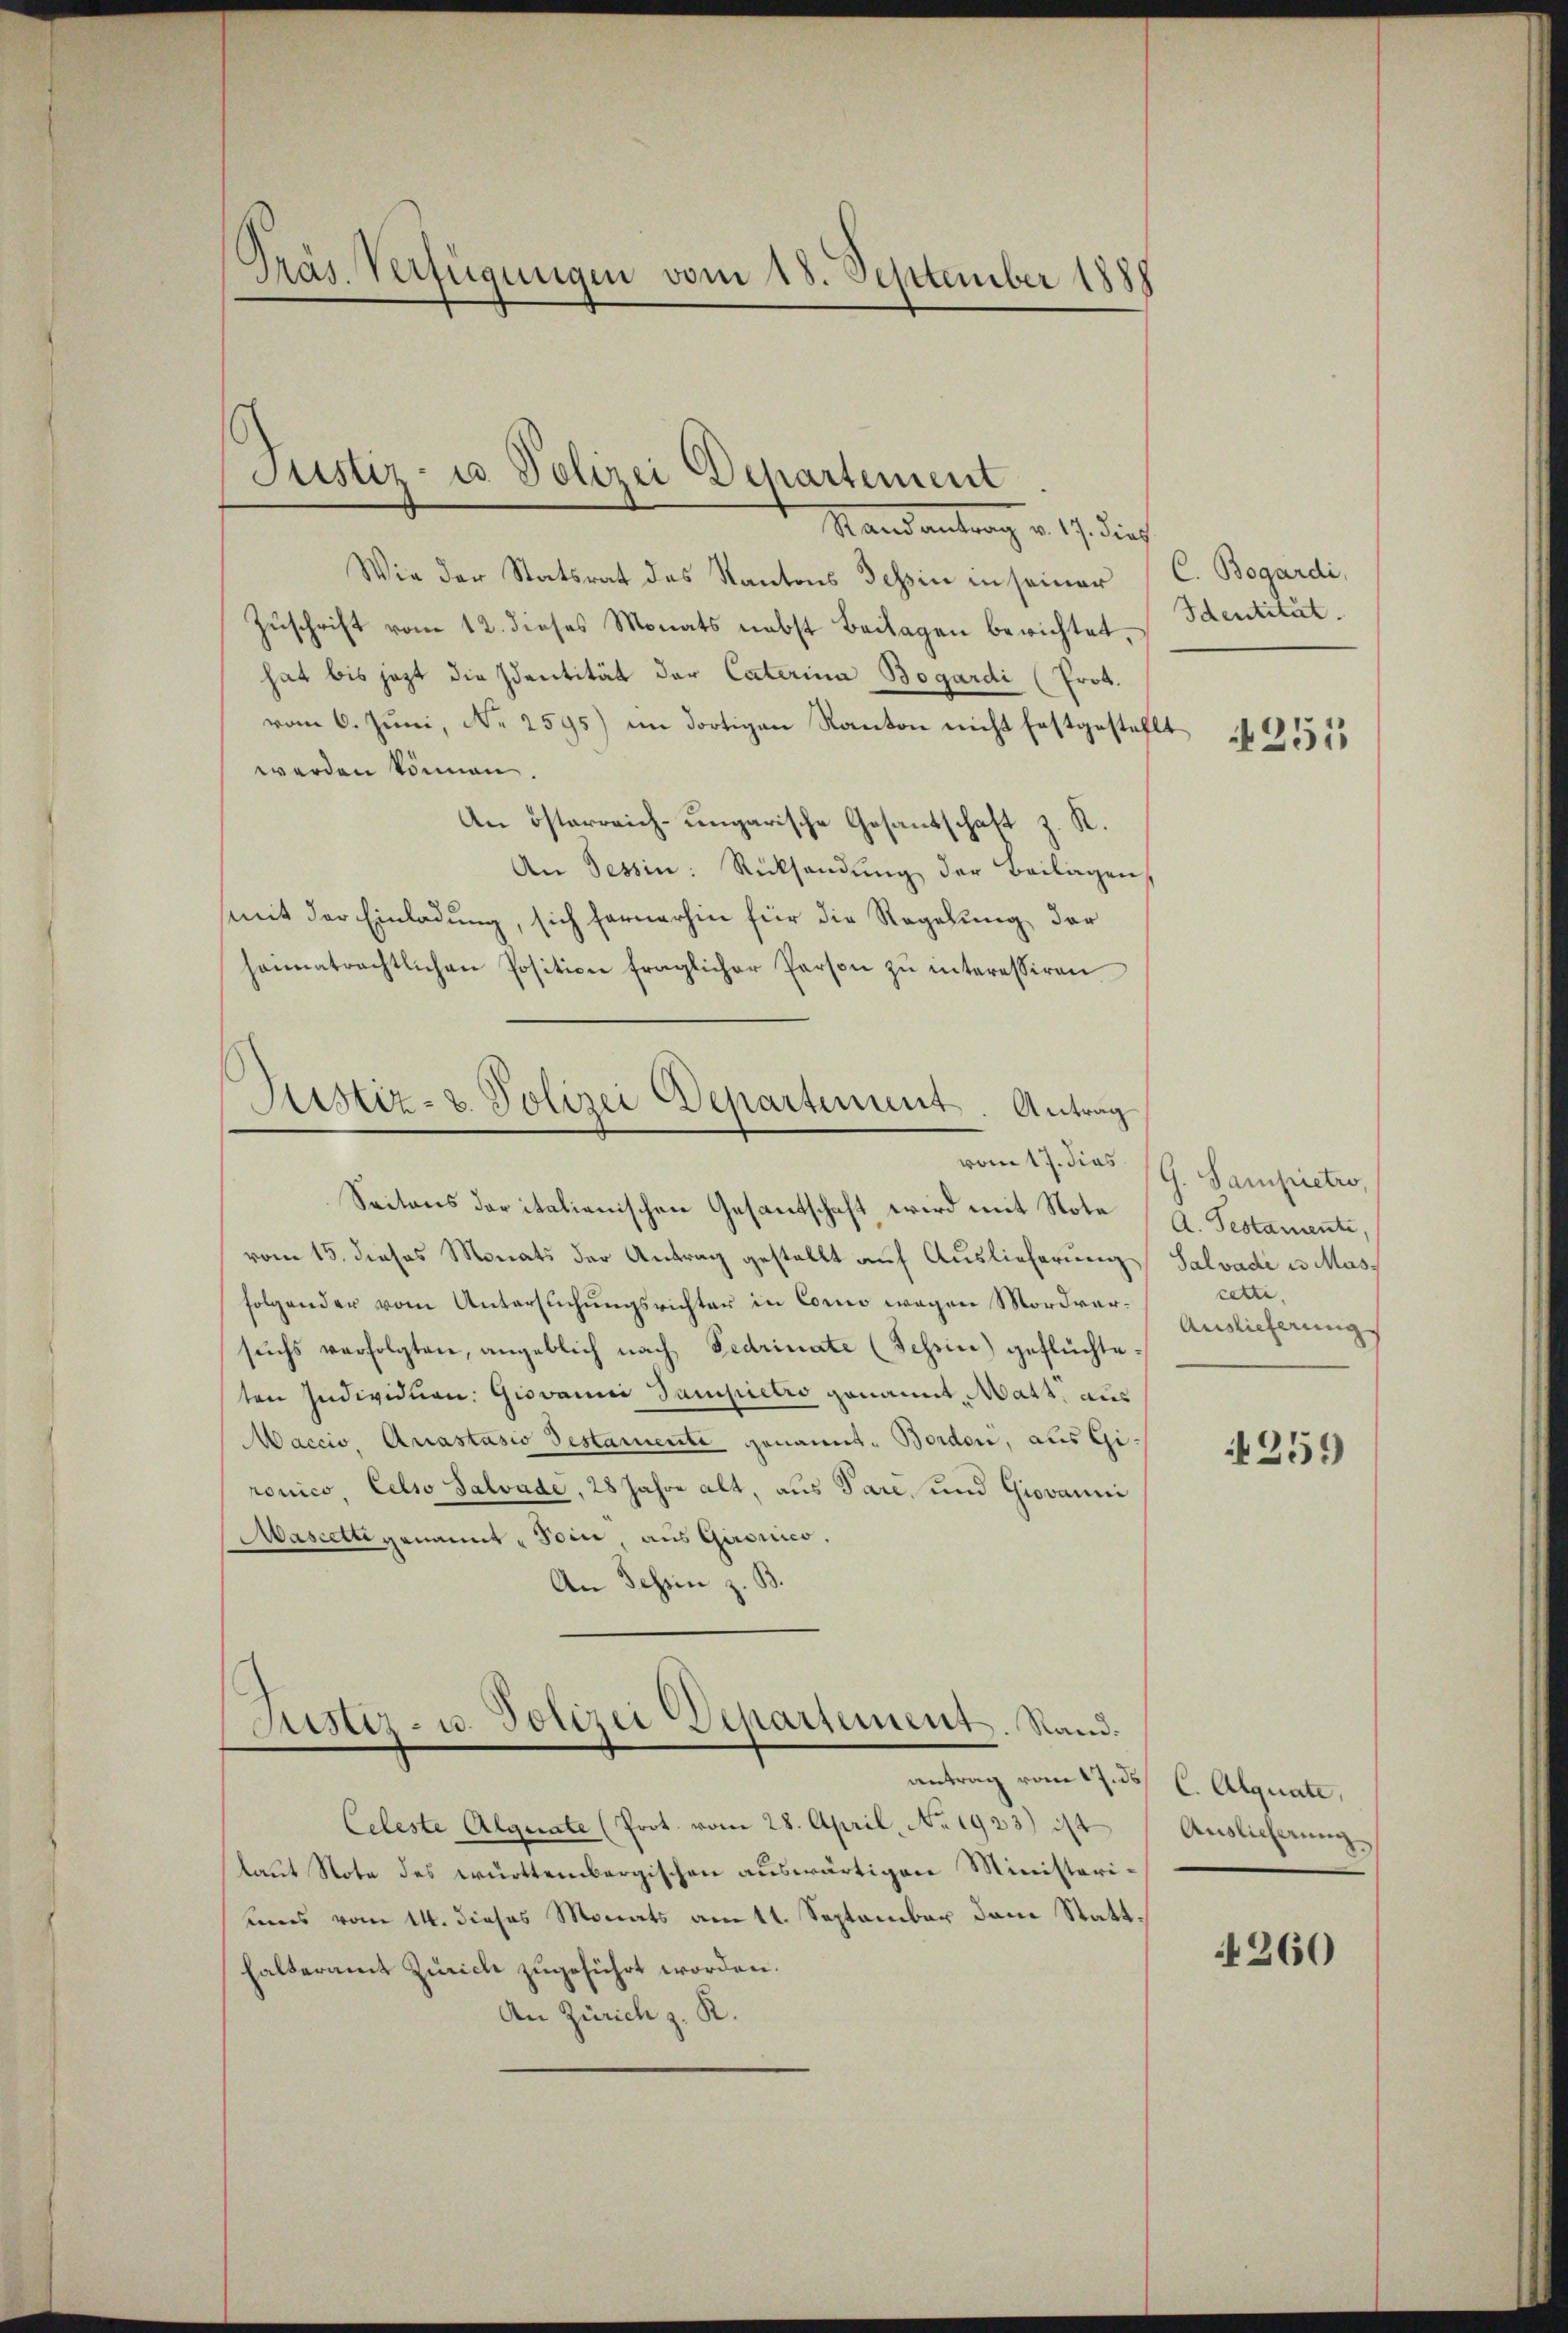
Präs. Verfügungen vom 18. September 1888

Wie der Statsrat des Kantons Tessin in seiner
Zŭschrift vom 12. dieses Monats nebst Beilagen berichtet,
hat bis jezt die Identität der Caterina Bogardi (Prok.
vom 6. Juni, N. 2595) im dortigen Kanton nicht festgestellt
werden können.
An österreich-ungarische Gesandschaft z. R.
An Tessin: Rücksendŭng der Beilagen
mit der Einladung, sich fernerhin für die Regelung der
heimatrechtlichen Positione fraglicher Person zŭ interessiren

Justiz- u Polizei Departement
Stand antrag v. 17. dies

Justiz- & Polizei Departement. Antrag

Seitens der italienischen Gesantschaft wird mit Note (A. Testamente,
vom 15. dieses Monats der Antrag gestellt auf Auslieferung Salvade u Masfolgender vom Untersuchungsrichter in Como wegen Mordversŭchs verfolgten, angeblich nach Fedrinate (Tessin) geflüchteten Individuen. Giovanni Tampietro genannt, Matt, aus
Maccis, Anastasio Bestamente genannt. Borden, aus Gi
ronico, Celso Salvade, 28 Jahre alt, aus Pare, und Giovanni
Mascelti genannt - Toin, aus Gironico,
An Schein z. B.

Justiz- u. Polizei Departement. Rand.
antrag vom 17. ds. C. Agnate,

Celeste Alguate (Prot. vom 28. April, No 1923) ist
laut Note des württembergischen auswärtigen Ministerikens vom 14. dieses Monats am 11. September dem Statthalteramt Zürich zugeführt worden.
An Zürich z. R.

C. Bogardi,
Identität.

251

vom 17. dies (G. Sampietro
cetti.
Auslieferung

4259

Auslieferung.

4260